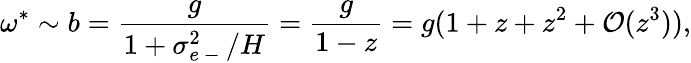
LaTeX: \omega^{\ast}\sim b=\frac{g}{1+\sigma_{e\mathrm{~-~}}^{2}/H}=\frac{g}{1-z}=g(1+z+z^{2}+\mathcal O(z^{3})),